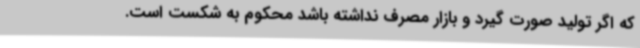
که اگر تولید صورت گیرد و بازار مصرف نداشته باشد محکوم به شکست است.